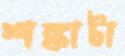
শঙ্কাটা